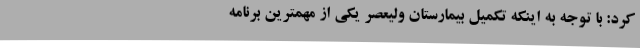
کرد: با توجه به اینکه تکمیل بیمارستان ولیعصر یکی از مهمترین برنامه